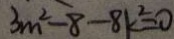
3 m ^ { 2 } - 8 - 8 k ^ { 2 } = 0